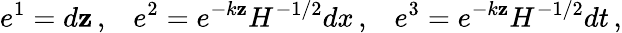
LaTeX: e^{1}=d\mathbf{z}\, ,\; \; \; e^{2}=e^{-k\mathbf{z}}H^{-1/2}dx\, ,\; \; \; e^{3}=e^{-k\mathbf{z}}H^{-1/2}dt\, ,